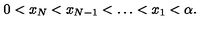
0 < x _ { N } < x _ { N - 1 } < \dots < x _ { 1 } < \alpha .